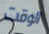
الوقت